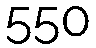
550